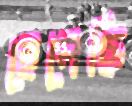
হেলেছি